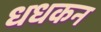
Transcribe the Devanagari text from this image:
धधकन